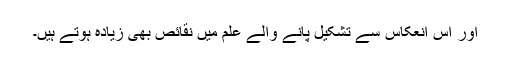
اور اس انعکاس سے تشکیل پانے والے علم میں نقائص بھی زیادہ ہوتے ہیں۔